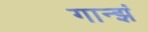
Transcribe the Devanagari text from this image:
गान्झं